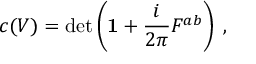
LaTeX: c ( V ) = \operatorname * { d e t } \left( { \bf 1 } + \frac { i } { 2 \pi } F ^ { a b } \right) \; ,